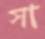
সা